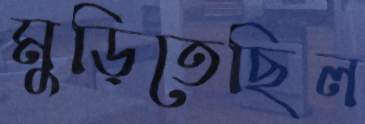
মুড়িতেছিল